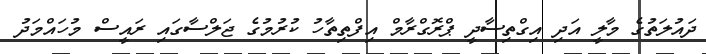
ދައުލަތުގެ މާލީ އަދި އިގްތިސާދީ ޕްރޮގްރާމް އިފްތިތާހު ކުރުމުގެ ޖަލްސާގައި ރައީސް މުހައްމަދު